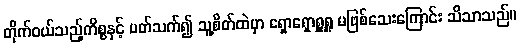
တိုက်ဝယ်သည့်ကိစ္စနှင့် ပတ်သက်၍ သူ့စိတ်ထဲမှာ ရှောရှောရှူရှူ မဖြစ်သေးကြောင်း သိသာသည်။